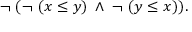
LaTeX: \neg \; ( \neg \; ( x \leq y ) \; \wedge \; \neg \; ( y \leq x ) ) .